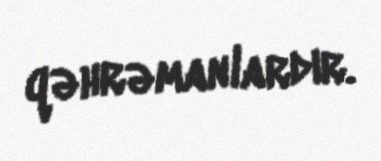
qəhrəmanlardır.